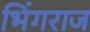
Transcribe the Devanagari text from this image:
भिंगराज